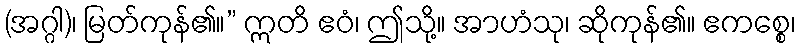
(အဂ္ဂါ)၊ မြတ်ကုန်၏။” ဣတိ ဧဝံ၊ ဤသို့။ အာဟံသု၊ ဆိုကုန်၏။ ဧကစ္စေ၊